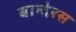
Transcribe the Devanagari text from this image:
बान्देरस